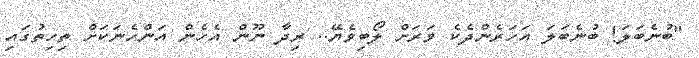
"ބުނެބަލަ! ބުނެބަލަ އަހަރެންދެކެ ވަރަށް ލޯބިވެޔޭ.. ރިދާ ނޫން އެހެން އަންހެނަކަށް ތިހިތުގައި